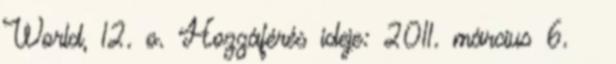
World, 12. o. Hozzáférés ideje: 2011. március 6. ↑